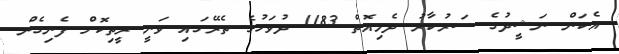
އެކަން ނަޝީދުގެ ސަރުކާރު ދެމިއޮތް 1183 ދުވަހުގެ ތެރޭގައި ވަނީ ރީތިކޮށް ފެނިގެން